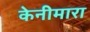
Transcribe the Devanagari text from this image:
केनीमारा